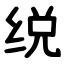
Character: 䌼